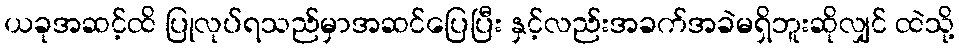
ယခုအဆင့်ထိ ပြုလုပ်ရသည်မှာအဆင်ပြေပြီး နှင့်လည်းအခက်အခဲမရှိဘူးဆိုလျှင် ထဲသို့